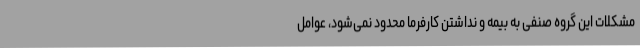
مشکلات این گروه صنفی به بیمه و نداشتن کارفرما محدود نمی‌شود، عوامل